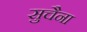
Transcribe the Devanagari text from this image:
सुचैना